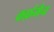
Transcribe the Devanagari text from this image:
कर्फ़मैन